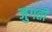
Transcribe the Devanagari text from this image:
जुगती